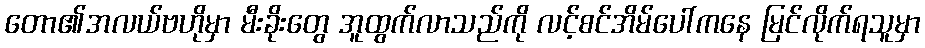
တော၏အလယ်ဗဟိုမှာ မီးခိုးတွေ အူထွက်လာသည်ကို လင့်စင်အိမ်ပေါ်ကနေ မြင်လိုက်ရသူမှာ